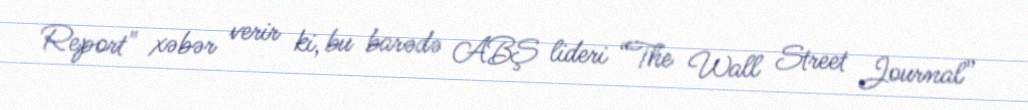
Report" xəbər verir ki, bu barədə ABŞ lideri “The Wall Street Journal”